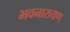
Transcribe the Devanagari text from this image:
भवनारायण